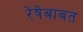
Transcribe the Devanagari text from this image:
रेषेबाबत